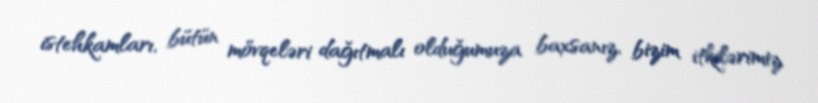
istehkamları, bütün mövqeləri dağıtmalı olduğumuza baxsanız, bizim itkilərimiz